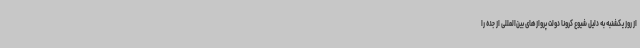
از روز یکشنبه به دلیل شیوع کرونا دولت پروازهای بین‌المللی از جده را